65_HS1-834228961_62-HQ-83894_Section_5
Agency: FBI
Page 57
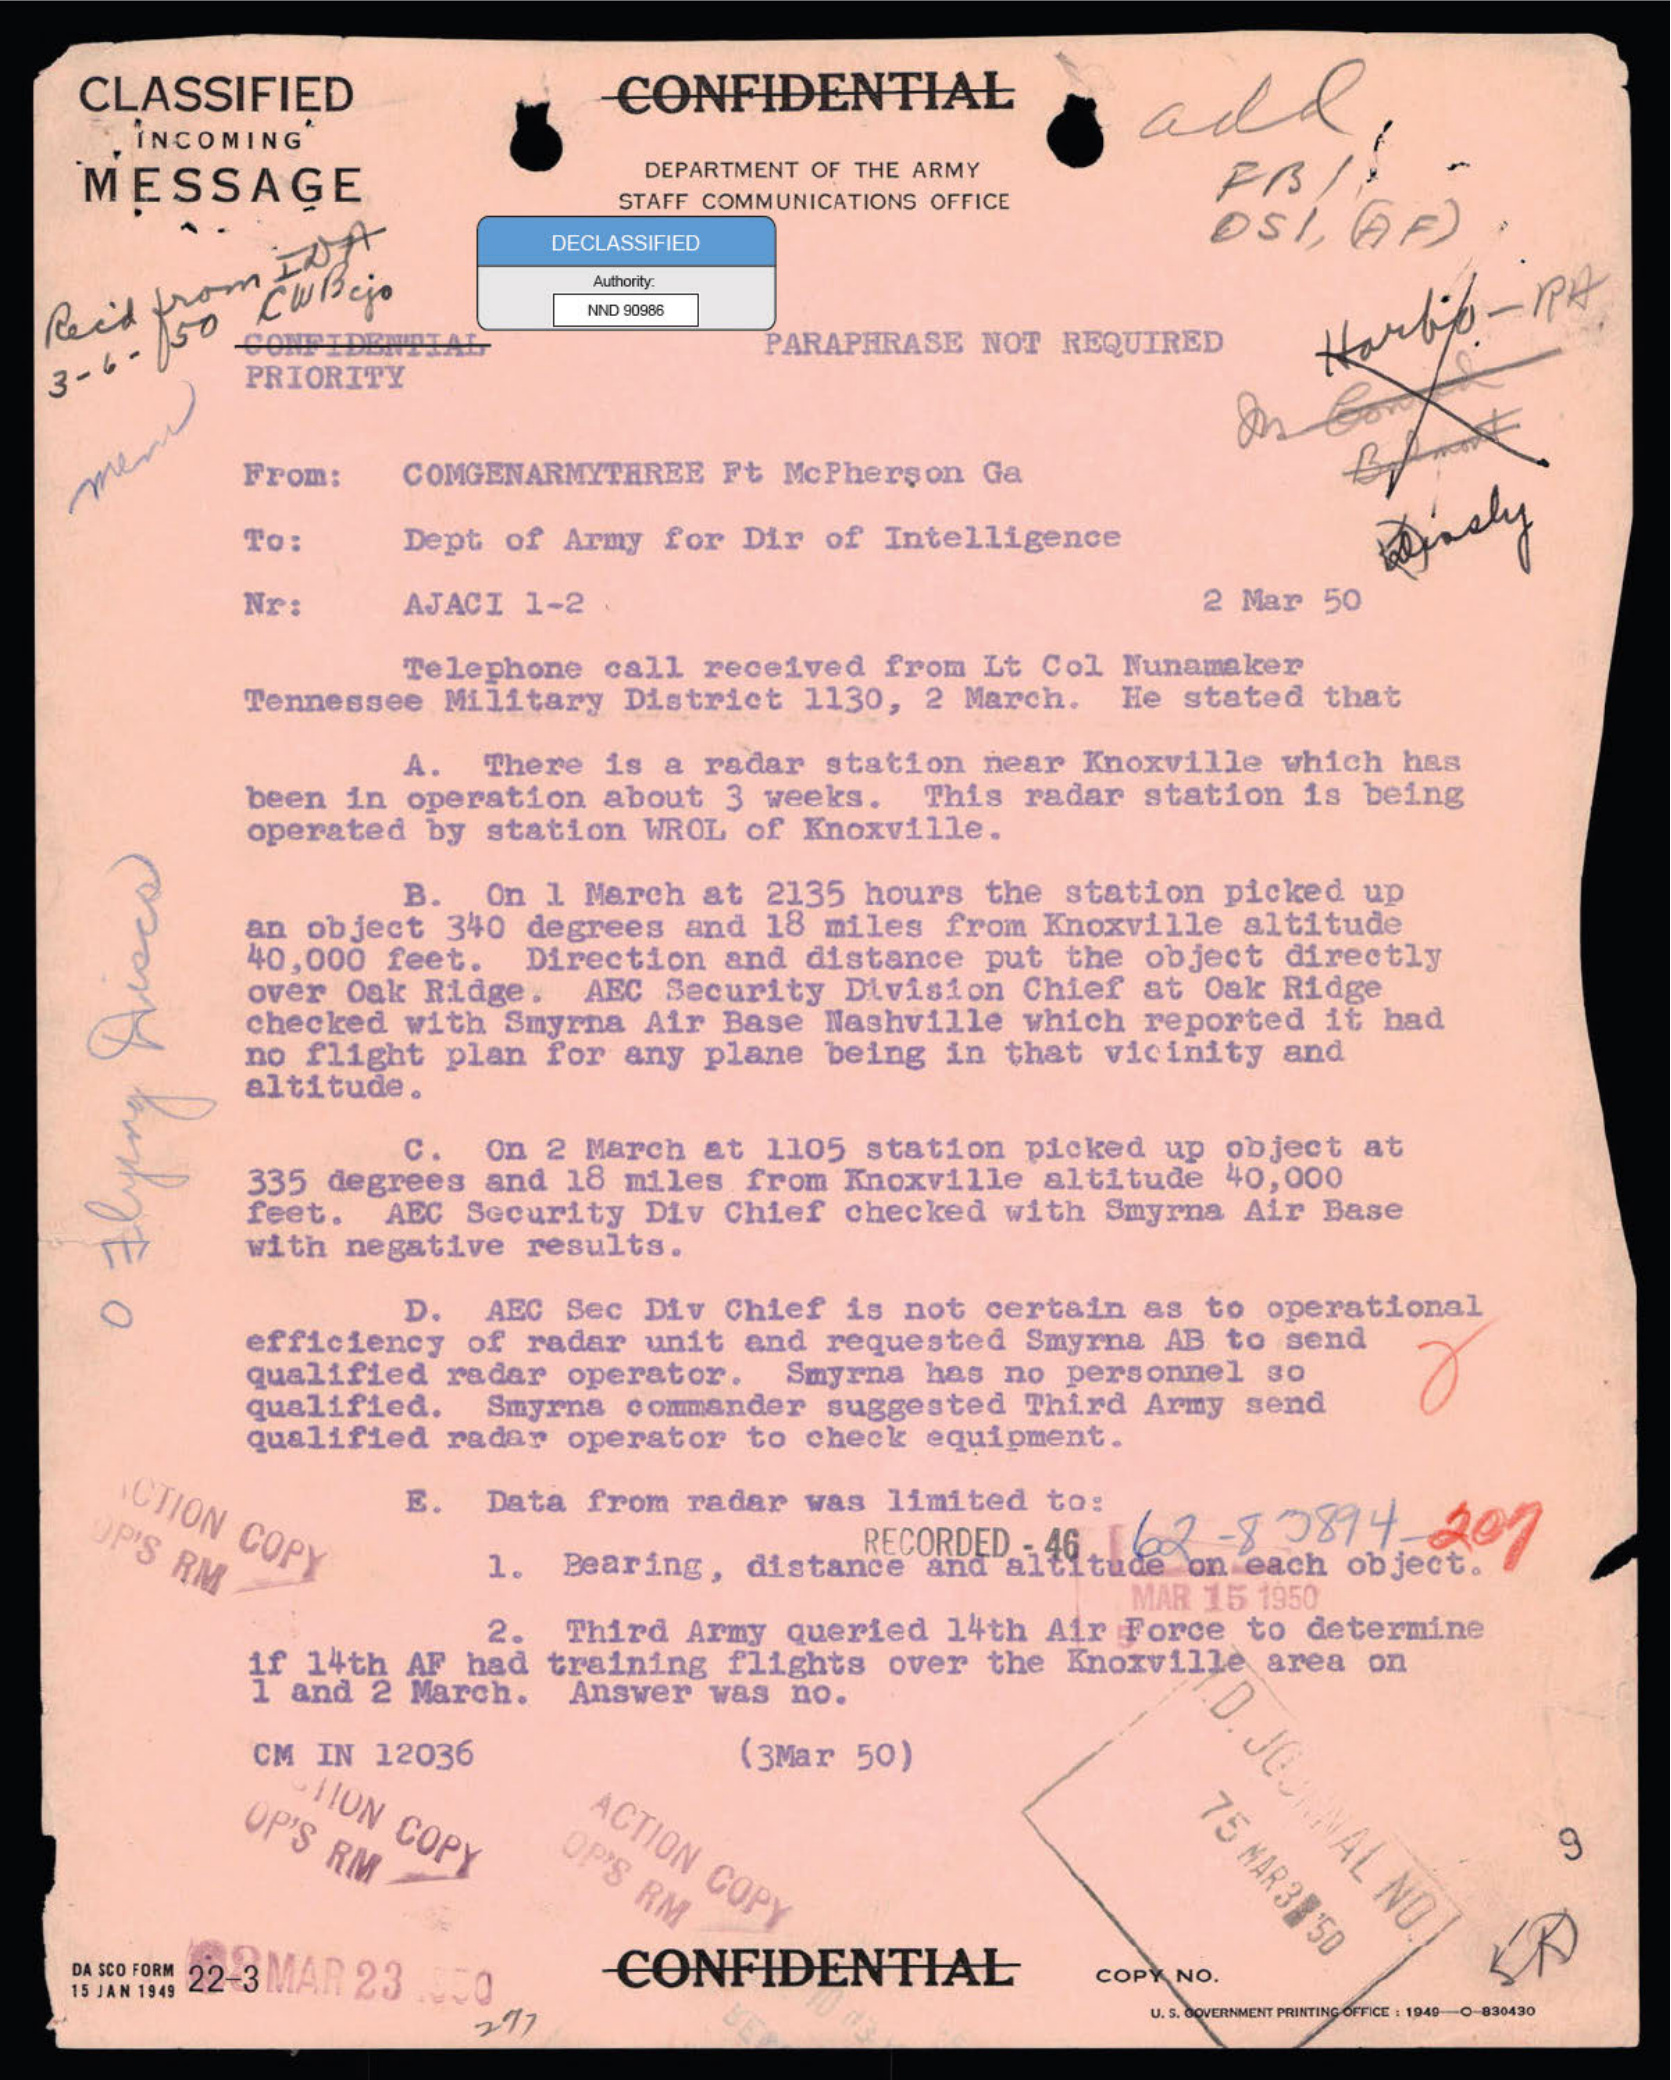